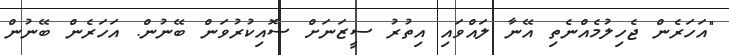
"އަހަރެން ޖެހިލުމެއްނެތި އޭނާ ލައްވައި އިތުރު ސީޒަނަށް ސޮއިކުރުވަން ބޭނުން. އަހަރެން ބޭނުން